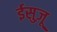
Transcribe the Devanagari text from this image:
ईसुज़ू